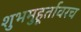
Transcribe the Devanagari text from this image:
शुभमुहूर्तावरच